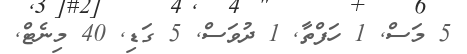
5 މަސް